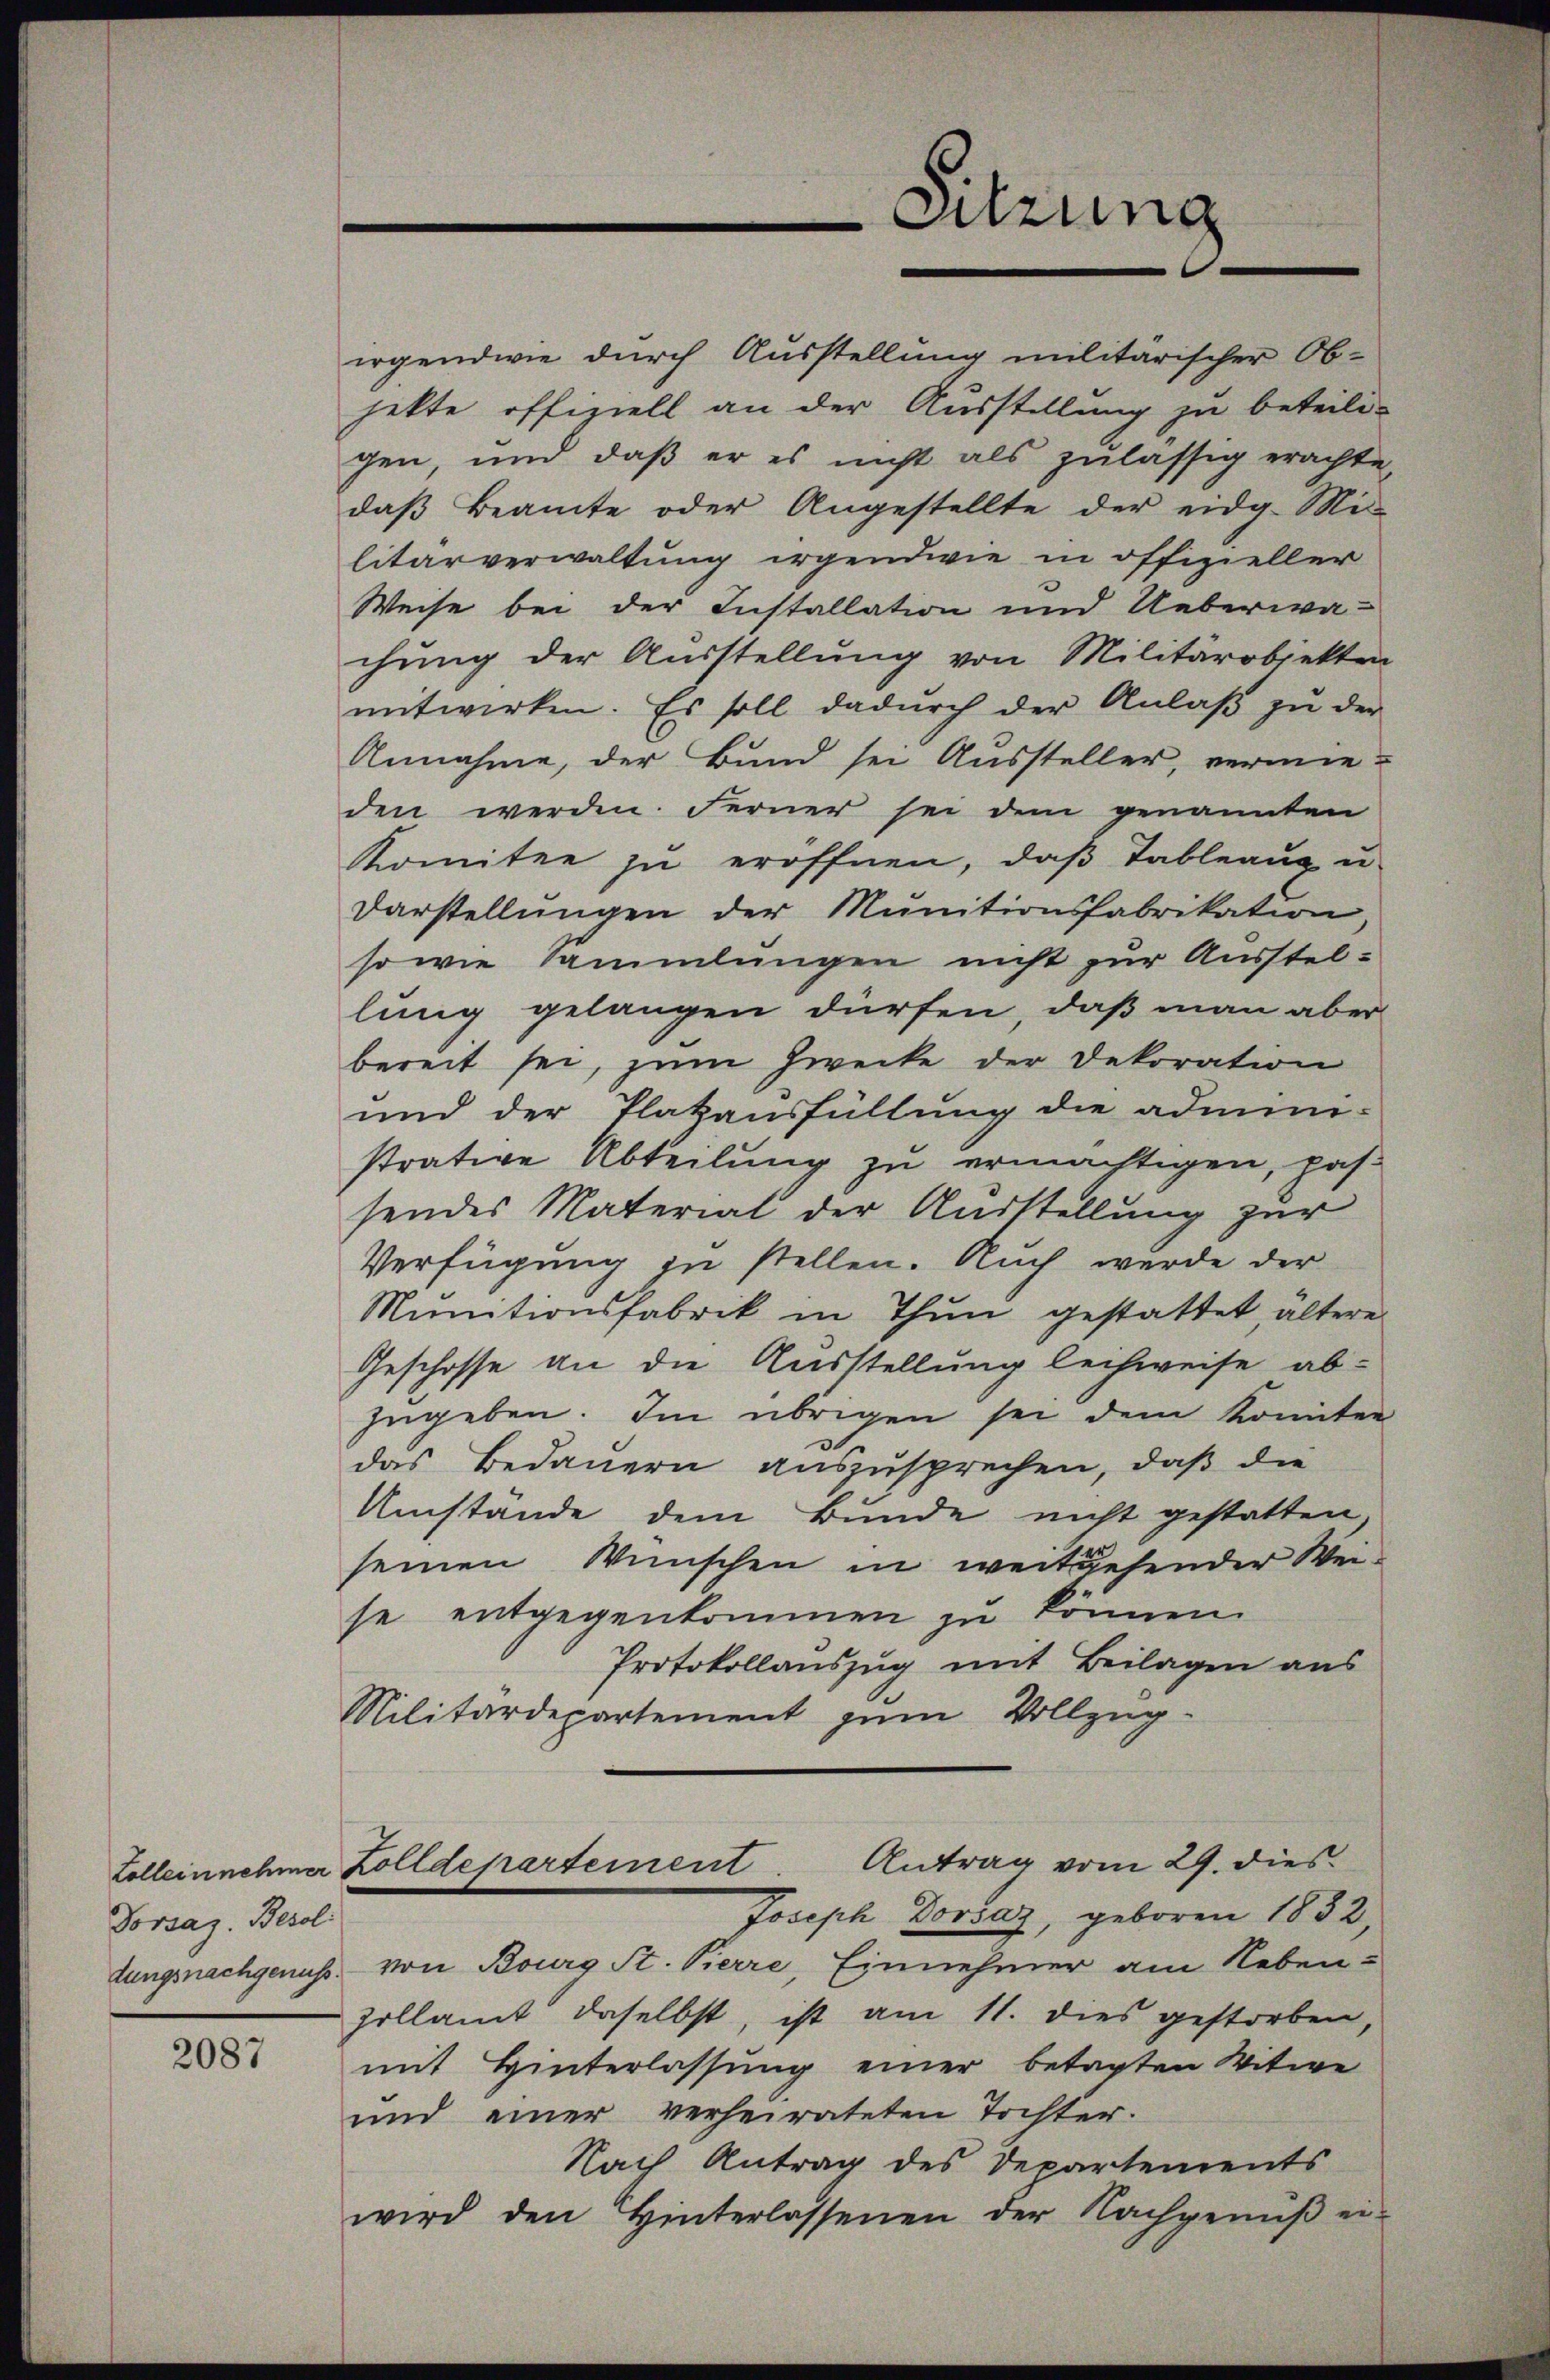
Vorsag. Berol

2087

irgendwie durch Ausstellung militarischer Objekte offiziell an der Ausstellung zu beteili-
gen und daß er es nicht als zulässig erachte,
daβ Beamte oder Angestellte der eidg. Mi-
litärverwaltung irgendwie in offizieller
Weise bei der Installation und Ueberwa-
chung der Ausstellung von Militärobjekten
mitwirken. Es soll dadŭrch der Anlaβ zŭ der
Annahme, der Bund sei Aussteller, vermie-
den werden. Ferner sei dem genannten
Komitee zŭ eröffnen, daβ Tableaux u.
Darstellungen der Munitionsfabrikation,
so wie Sammlungen nicht zur Ausstellung gelangen dürfen, daß man aber
bereit sei, zum Zwecke der Dekoration
und der Platzausfüllung die admini-
strative Abteilung zu ermächtigen, passendes Material der Ausstellung zur
Verfügung zu stellen. Auch wurde der
Munitionsfabrik in Thun gestattet, ältere
Geschosse an die Ausstellung leihweise abzugeben. Im übrigen sei dem konnten
das Bedauern auszusprechen, daß die
Umstände dem Bunde nicht gestatten,
seinen Wünschen in weitgehender Weise entgegenkommen zu können.
Protokollauszug mit Beilagen aus
Militärdepartement zum Vollzug¬
Lolleinnehmer Zolldepartement. Antrag vom 29. dies
Joseph Dorsaz, geboren 1832,
dungsnachgenuss von Bourg St. Pierre, Einnehmer am Neben-
zollamt daselbst, ist am 11. dies gestorben,
mit Hinterlassung einer betagten Witwe
und einer verheirateten Tochter.
Nach Antrag des Departements
wird den Hinterlassenen der Nachgenŭβ ei-

Sitzung